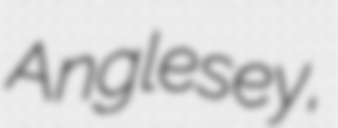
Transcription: Anglesey,